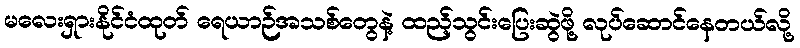
မလေးရှားနိုင်ငံထုတ် ရေယာဉ်အသစ်တွေနဲ့ ထည့်သွင်းပြေးဆွဲဖို့ လုပ်ဆောင်နေတယ်လို့